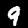
Digit: 9